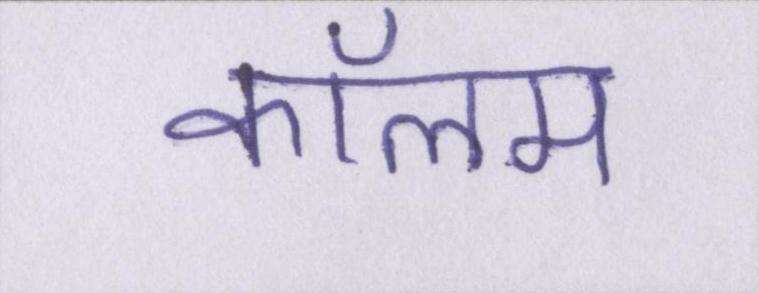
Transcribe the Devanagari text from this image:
कॉलम